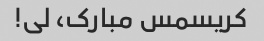
کریسمس مبارک، لی!